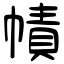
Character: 幘